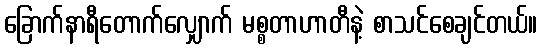
ခြောက်နာရီတောက်လျှောက် မစ္စတာဟာတီနဲ့ စာသင်စေချင်တယ်။